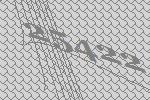
25422